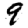
Digit: 9